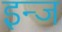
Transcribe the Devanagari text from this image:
इन्ज